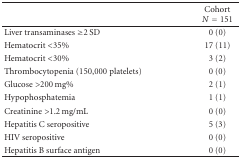
|  | Cohort N = 151 |
 | --- | --- |
 | Liver transaminases ≥2 SD | 0 (0) |
 | Hematocrit <35% | 17 (11) |
 | Hematocrit <30% | 3 (2) |
 | Thrombocytopenia (150,000 platelets) | 0 (0) |
 | Glucose >200 mg% | 2 (1) |
 | Hypophosphatemia | 1 (1) |
 | Creatinine >1.2 mg/mL | 0 (0) |
 | Hepatitis C seropositive | 5 (3) |
 | HIV seropositive | 0 (0) |
 | Hepatitis B surface antigen | 0 (0) |